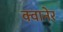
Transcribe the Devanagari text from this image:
क्वानेर